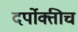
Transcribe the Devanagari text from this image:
दर्पोक्तीच